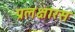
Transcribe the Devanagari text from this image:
प्रलक्षारस